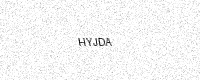
Text: HYJDA